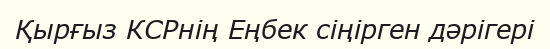
Қырғыз КСРнің Еңбек сіңірген дәрігері